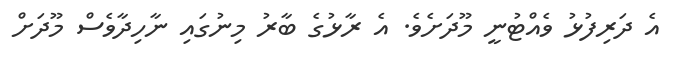
އެ ދަރިފުޅު ވެއްޓުނީ މޫދަށެވެ. އެ ރާޅުގެ ބާރު މިނުގައި ނާހިދާވެސް މޫދަށް